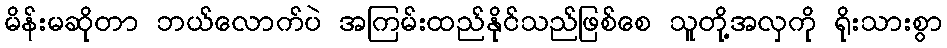
မိန်းမဆိုတာ ဘယ်လောက်ပဲ အကြမ်းထည်နိုင်သည်ဖြစ်စေ သူတို့အလှကို ရိုးသားစွာ